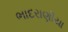
ભાદરાણીયા